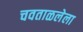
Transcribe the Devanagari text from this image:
चवताळलेला